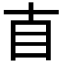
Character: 𥃭